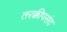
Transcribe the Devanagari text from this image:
तरक्कीपसंद